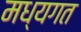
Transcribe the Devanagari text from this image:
मध्यगत